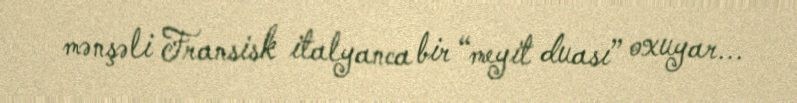
mənşəli Fransisk italyanca bir “meyit duası” oxuyar...